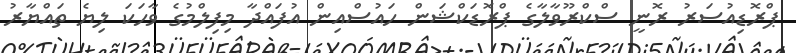
ޕްރޮޑިއުސަރު ރޮނީ ސްކްރޫވާލާގެ ޕްރޮޑަކްޝަން ހައުސްއިން އުފައްދާ މިފިލްމުގެ ވާހަކަ ލިޔެ ތައްޔާރު